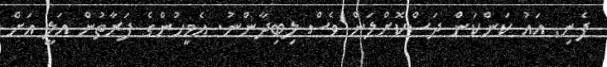
ފެނި